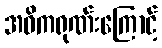
အဓိကရုဏ်းကြောင့်